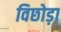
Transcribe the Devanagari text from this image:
विछोड़ा